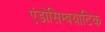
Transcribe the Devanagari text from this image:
एंडोसिम्बयाटिक